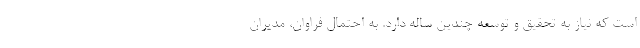
است که نیاز به تحقیق و توسعه چندین ساله دارد. به احتمال فراوان، مدیران